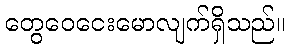
တွေဝေငေးမောလျက်ရှိသည်။